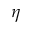
\eta